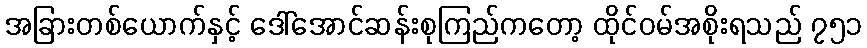
အခြားတစ်ယောက်နှင့် ဒေါ်အောင်ဆန်းစုကြည်ကတော့ ထိုင်ဝမ်အစိုးရသည် ၇၅၁